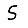
Digit: 5